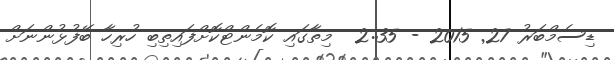
ޑިސެމްބަރު 27